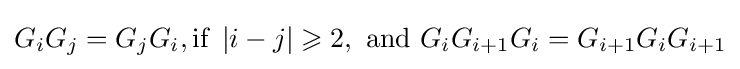
G_{i}G_{j}=G_{j}G_{i},{\text{if }}\left\vert i-j\right\vert \geqslant 2,{\text{ and }}G_{i}G_{i+1}G_{i}=G_{i+1}G_{i}G_{i+1}